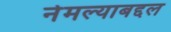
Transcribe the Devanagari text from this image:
नेमल्याबद्दल